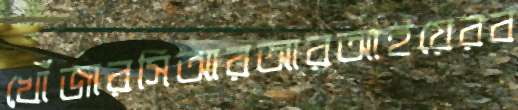
খোঁজারসিআরআরআইয়েরব